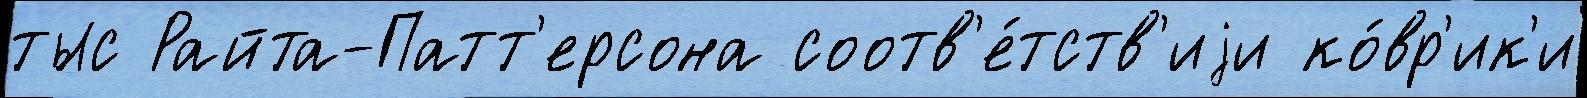
тыс Райта-Патт'ерсона соотв'е́тств'иjи ко́вр'ик'и